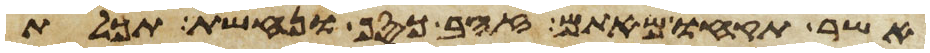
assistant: אשר תקחו מאתם זהב כסף ונחשת תכלת